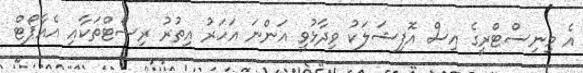
އެ މިނިސްޓްރީގެ އިސް އޮފިޝަލަކު ވިދާޅުވީ އަންނަ އަހަރު އިތުރު ރިސޯޓްތަކާއި އެއާޕޯޓް